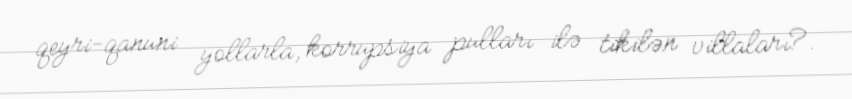
qeyri-qanuni yollarla, korrupsiya pulları ilə tikilən villaları?.